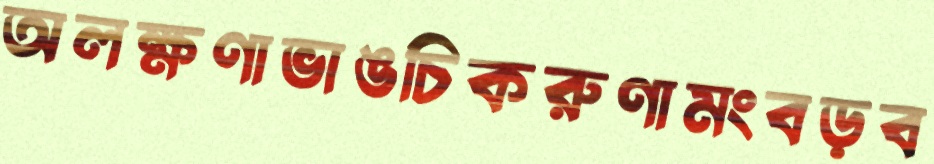
অলক্ষণাভাঙচিকরুণামংবড়ব